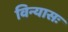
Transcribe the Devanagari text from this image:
विन्यासः